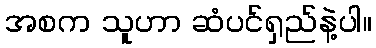
အစက သူဟာ ဆံပင်ရှည်နဲ့ပါ။